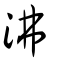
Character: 𩰾